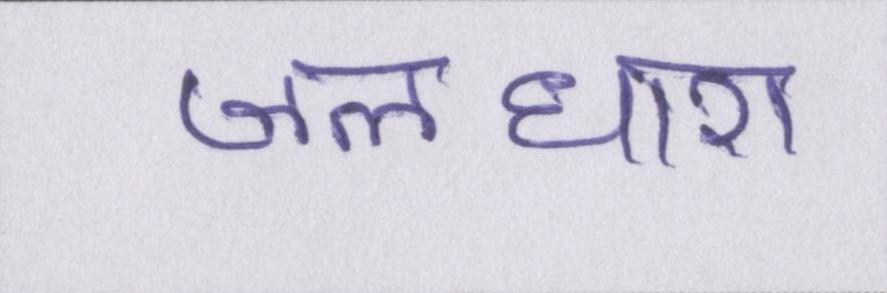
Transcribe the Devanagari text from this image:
जलधारा